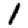
Digit: 1